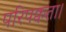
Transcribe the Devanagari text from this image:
परिपक्वता।